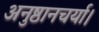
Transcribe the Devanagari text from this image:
अनुष्ठानचर्या।